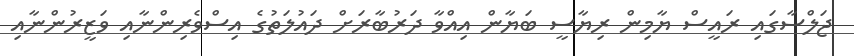
ޖަލްސާގައި ރައީސް ޔާމިން ރިޔާސީ ބަޔާން އިއްވާ ދަރުބާރަށް ދައުލަތުގެ އިސްވެރިންނާއި ވަޒީރުންނާއި